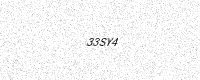
Text: 33SY4